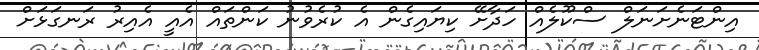
އިންޓަނެށަނަލް ސްކޫލެއް ހަދާށޭ ކިޔައިގެން އެ ކުރެވުނު ކަންތައް އެއީ އެއިރު ރަނގަޅަށް